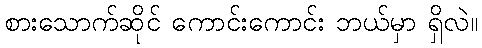
စားသောက်ဆိုင် ကောင်းကောင်း ဘယ်မှာ ရှိလဲ။